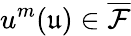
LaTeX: u^{m}(\mathfrak{u})\in\overline{{\mathcal{F}}}